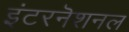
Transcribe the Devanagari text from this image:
इंटरनॆशनल